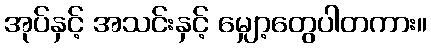
အုပ်နှင့် အသင်းနှင့် မျှော့တွေပါတကား။